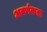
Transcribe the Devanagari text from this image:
अवर्णकता